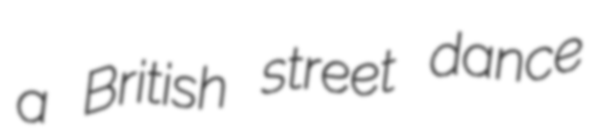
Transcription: a British street dance